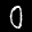
Label: 0